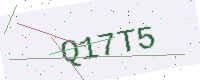
Text: Q17T5